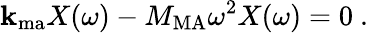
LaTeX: \mathbf{k}_{\mathrm{{ma}}}X(\omega)-M_{\mathrm{{MA}}}\omega^{2}X(\omega)=0~.